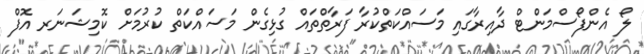
ލޯ އެންފޯސްމަންޓް ދާއިރާގައި މަސައްކަތްކުރާ ފަރާތްތައް ގުޅިގެން މަސައްކަތް ކުރުމަށް ކޮމިޝަނަރ އޮފް